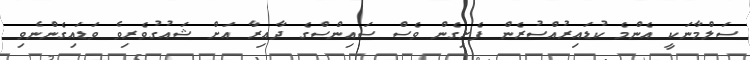
ސަލްމާނަކީ އެންމެ ކުޑައިރުއްސުރެން ފެށިގެން ވެސް ސައިންސްގެ ދާއިރާ އަށް ޝައުގުވެރިވެ ވަޑައިގެންނެވި